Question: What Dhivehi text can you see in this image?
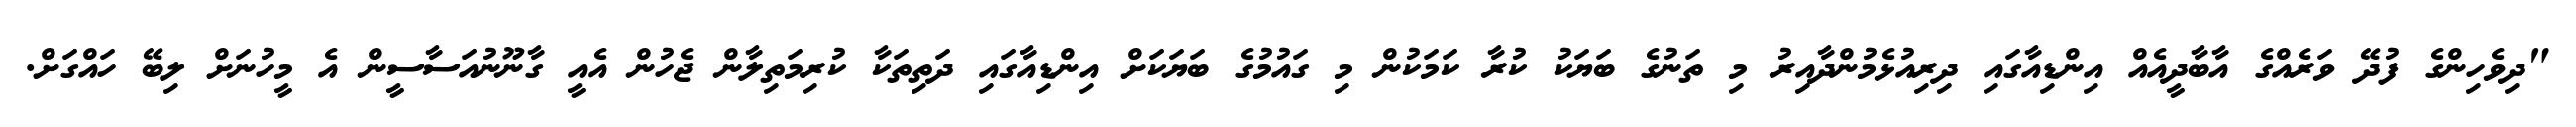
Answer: "ދިވެހިންގެ ފުދޭ ވަރެއްގެ އާބާދީއެއް އިންޑިއާގައި ދިރިއުޅެމުންދާއިރު މި ތަނުގެ ބަޔަކު ކުރާ ކަމަކުން މި ގައުމުގެ ބަޔަކަށް އިންޑިއާގައި ދަތިތަކާ ކުރިމަތިލާން ޖެހުން އެއީ ގާނޫނުއަސާސީން އެ މީހުނަށް ލިބޭ ހައްގަށް.